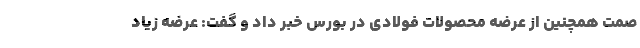
صمت همچنین از عرضه محصولات فولادی در بورس خبر داد و گفت: عرضه زیاد